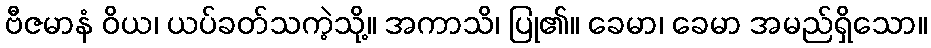
ဗီဇမာနံ ဝိယ၊ ယပ်ခတ်သကဲ့သို့။ အကာသိ၊ ပြု၏။ ခေမာ၊ ခေမာ အမည်ရှိသော။